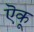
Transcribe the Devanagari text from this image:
ऎकू